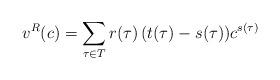
LaTeX: \begin{align*}v^R(c) = \sum_{\tau \in T} r(\tau) \, ( t(\tau) - s(\tau) ) c^{s(\tau)} \end{align*}